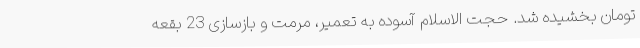
تومان بخشیده شد. حجت الاسلام آسوده به تعمیر، مرمت و بازسازی 23 بقعه